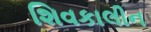
શિવકાલીન